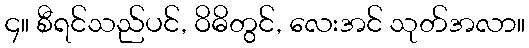
၄။ စီရင်သည်ပင်, ဝိဓိတွင်, လေးအင် သုတ်အလာ။